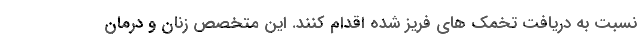
نسبت به دریافت تخمک های فریز شده اقدام کنند. این متخصص زنان و درمان